Civil Veterinary Dept. Assam report 1927-50 - 1927-1950
Year: 1927
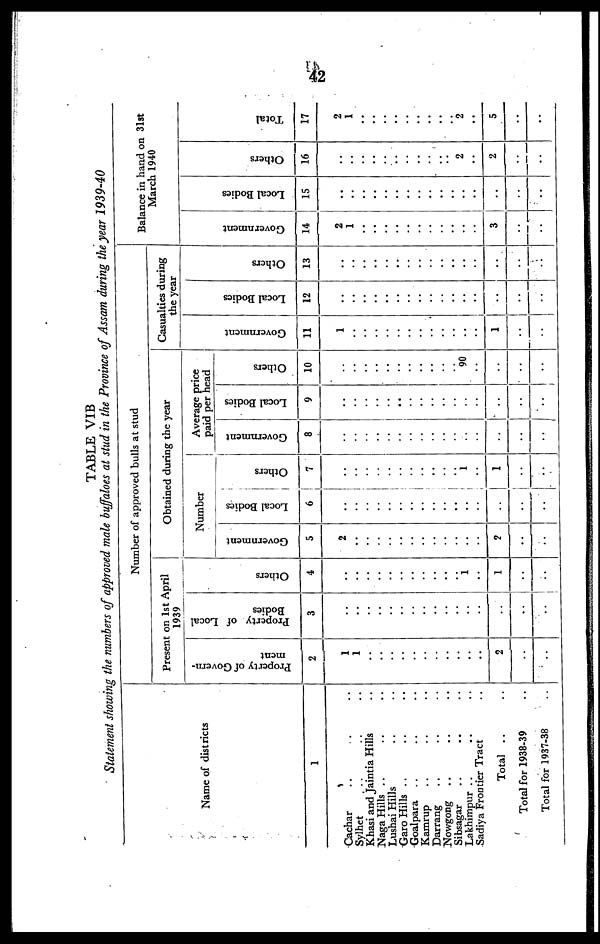
42
TABLE VIB
Statement showing the numbers of approved male buffaloes at stud in the Province of Assam during the year 1939-40
Name of districts
1
Cachar .. .. ..
Sylhet .. .. ..
Khasi and Jaintia Hills ..
Naga Hills .. .. ..
Lushai Hills .. .. ..
Garo Hills .. .. ..
Goalpara .. .. ..
Kamrup .. .. ..
Darrang .. .. ..
Nowgong .. .. ..
Sibsagar .. .. ..
Lakhimpur .. .. ..
Sadiya Frontier Tract ..
Total .. ..
Total for 1938-39 ..
Total for 1937-38 ..
Number of approved bulls at stud
Present on 1st April
1939
Property of Govern-
ment
2
1
1
..
..
..
..
..
..
..
..
..
..
..
2
..
..
Property of Local
Bodies
3
..
..
..
..
..
..
..
..
..
..
..
..
..
..
..
..
Ot her s
4
..
..
..
..
..
..
..
..
..
..
..
1
..
1
..
..
Obtained during the year
Number
Government
5
2
..
..
..
..
..
..
..
..
..
..
..
..
2
..
..
Local Bodies
6
..
..
..
..
..
..
..
..
..
..
..
..
..
..
..
..
Others
7
..
..
..
..
..
..
..
..
..
..
.. 1
..
1
..
..
Average price
paid per head
Government
8
..
..
..
..
..
..
..
..
..
..
..
..
..
..
..
..
Local Bodies
9
..
..
..
..
..
..
..
..
..
..
..
..
..
..
..
..
Others
10
..
..
..
..
..
..
..
..
..
..
.. 90
..
..
..
..
Gasualties during
the year
Go v e rn
me n t
11
1
..
..
..
..
..
..
..
..
..
..
..
..
1
..
..
Local Bodi es
12
..
..
..
..
..
..
..
..
..
..
..
..
..
..
..
..
Others
13
..
..
..
..
..
..
..
..
..
..
..
..
..
..
..
..
Balance in hand on 31st
March 1940
Go v e rn
me n t
14
2 ..
1 ..
.. ..
.. ..
.. ..
.. ..
.. ..
.. ..
.. ..
.. ..
.. ..
.. ..
..
3
.. ..
.. ..
Local Bodi es
15
..
..
Others
16
..
..
..
..
..
..
..
..
..
..
.. 2
..
2
..
..
Tot al
17
2
1
..
..
..
..
..
..
..
..
.. 2
..
5
..
..